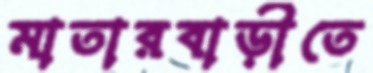
মাতারবাড়ীতে